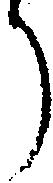
り